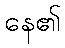
နေ၏